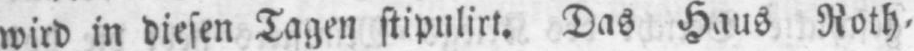
wird in diesen Tagen stipulirt. Das Haus Roth⸗